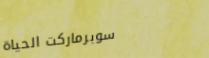
سوبرماركت الحياة